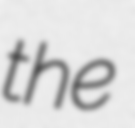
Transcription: the